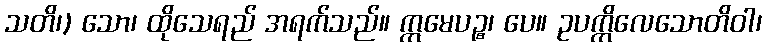
သတိ၊) သော၊ ထိုသေရည် အရက်သည်။ ဣမေပဉ္စ၊ ပေ။ ဥပက္ကိလေသောတိဝါ၊